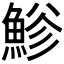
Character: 𩷲